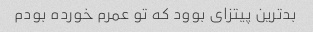
بدترین پیتزای بوود که تو عمرم خورده بودم